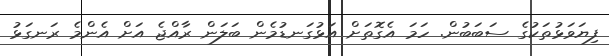
ފިޔަވަޅުތަކުގެ ސަބަބުން. ހަމަ އެގޮތަށް އަޅުގަނޑުމެން ބަލަން ރާއްޖެ އަށް އެންމެ ރަނގަޅު